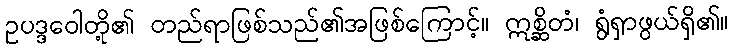
ဥပဒ္ဒဝေါတို့၏ တည်ရာဖြစ်သည်၏အဖြစ်ကြောင့်။ ဣစ္ဆိတံ၊ ရွံရှာဖွယ်ရှိ၏။